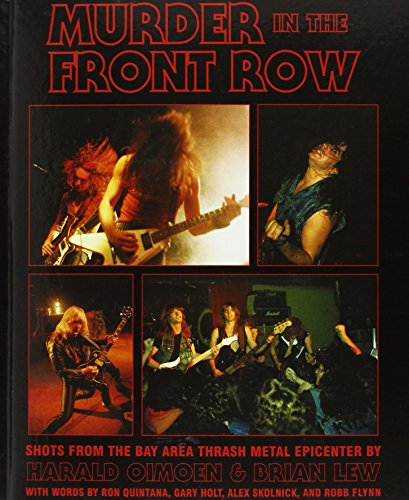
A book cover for Murder in the Front Row: Shots from the Bay Area Thrash Metal Epicenter; Harald Oimoen; Arts & Photography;